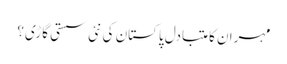
مہران کا متبادل پاکستان کی نئی سستی گاڑی؟